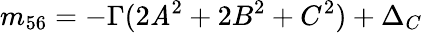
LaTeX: m_{56}=-\Gamma(2\mathit{A}^{2}+2B^{2}+C^{2})+\Delta_{C}